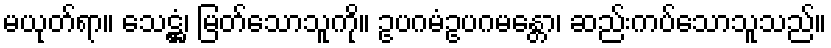
မယုတ်ရာ။ သေဋ္ဌံ၊ မြတ်သောသူကို။ ဥပဂမံဥပဂမန္တော၊ ဆည်းကပ်သောသူသည်။